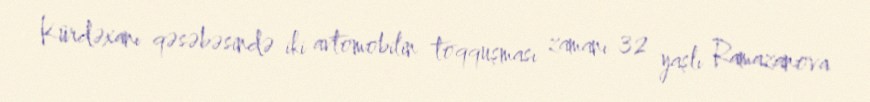
Kürdəxanı qəsəbəsində iki avtomobilin toqquşması zamanı 32 yaşlı Ramazanova